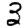
Digit: 3